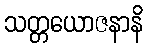
သတ္တယောဇနာနိ